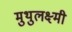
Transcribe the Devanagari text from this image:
मुथुलक्ष्मी